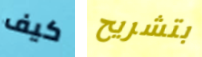
كيف بتشريح